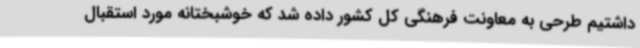
داشتیم طرحی به معاونت فرهنگی کل کشور داده شد که خوشبختانه مورد استقبال